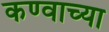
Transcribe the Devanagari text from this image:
कण्वाच्या